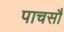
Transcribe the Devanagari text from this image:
पाचसौ